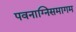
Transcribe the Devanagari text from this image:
पवनाग्निसमागम